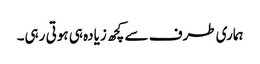
ہماری طرف سے کچھ زیادہ ہی ہوتی رہی۔